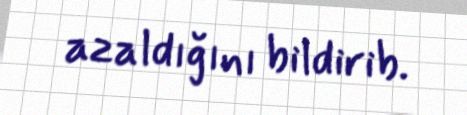
azaldığını bildirib.